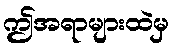
ဤအရာများထဲမှ